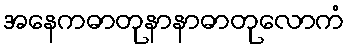
အနေကဓာတုနာနာဓာတုလောကံ